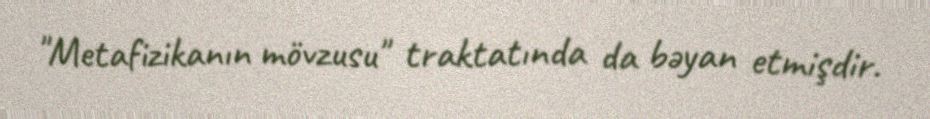
"Metafizikanın mövzusu" traktatında da bəyan etmişdir.